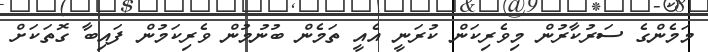
މަމެންގެ ސަރުކާރުން މިވެރިކަން ކުރަނީ އެއީ ތަމެން ބުނުމުން ވެރިކަމުން ފައިބާ ގޮތަކަށް